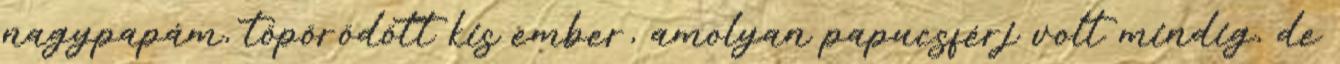
nagypapám, töpörödött kis ember, amolyan papucsférj volt mindig, de